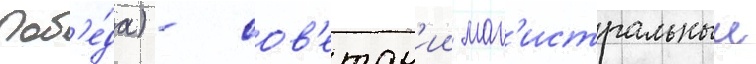
поб'е́да) - сов'етск'ии маг'истральныи